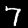
Label: 7